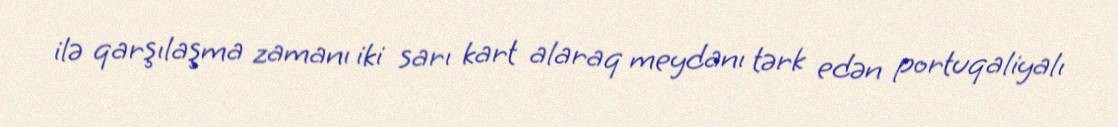
ilə qarşılaşma zamanı iki sarı kart alaraq meydanı tərk edən portuqaliyalı